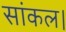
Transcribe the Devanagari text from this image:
सांकल।